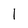
Character: 1